Bombay plague: being a history of the progress of plague in the Bombay presidency from September 1896 to June 1899
Year: 1896
Disease focus: Plague
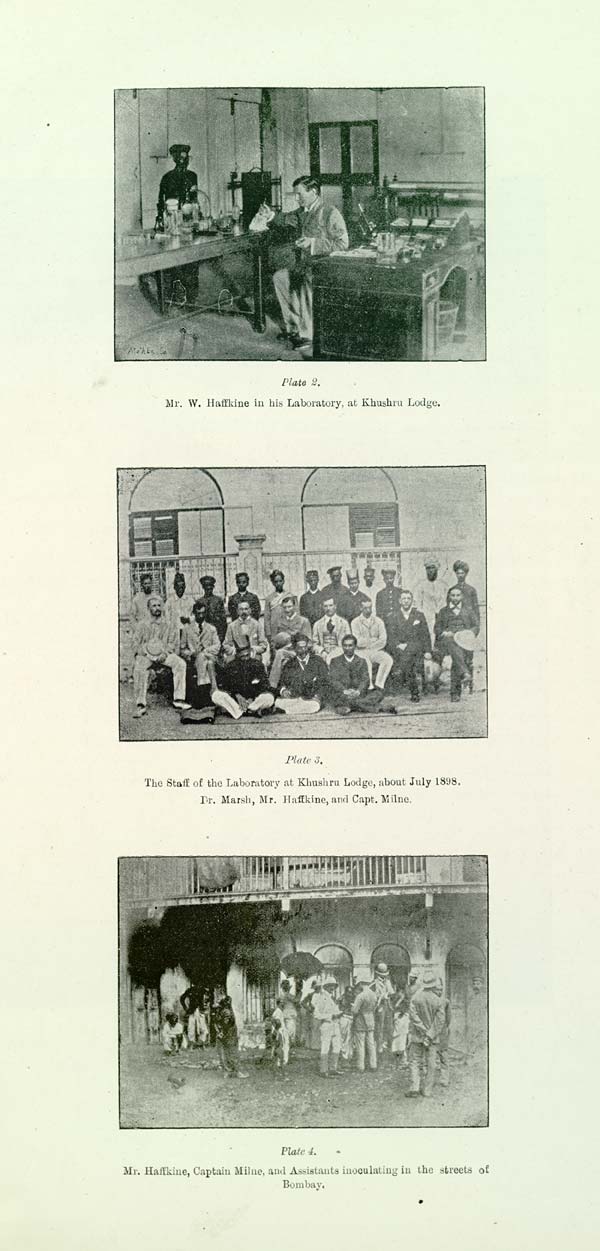
Plate 2.
Mr. W. Haffkine in his Laboratory, at Khushru Lodge.
Plate 3.
The Staff of the Laboratory at Khushru Lodge, about July 1898.
Dr. Marsh, Mr. Haffkine, and Capt. Milne.
Plate 4.
Mr. Haffkine, Captain Milne, and Assistants inoculating in the streets of
Bombay.